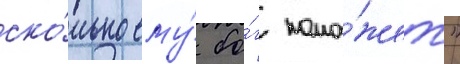
ско́лько ему́ бо́г помо́жет"